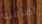
اضافيه